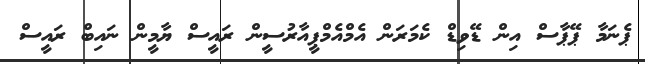
ޕެނަމާ ޕޭޕާސް އިން ޑޭވިޑް ކެމަރަން އެމްއެމްޕީއާރުސީން ރައީސް ޔާމީން ނައިބް ރައީސް